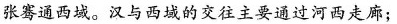
张骞通西域。汉与西域的交往主要通过河西走廊；